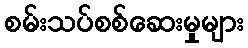
စမ်းသပ်စစ်ဆေးမှုများ